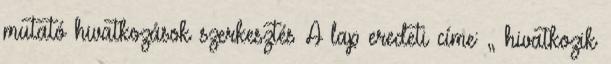
mutató hivatkozások szerkesztés A lap eredeti címe: „ hivatkozik